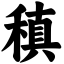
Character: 稹